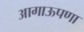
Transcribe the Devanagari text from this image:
आगाऊपणा